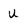
Character: u